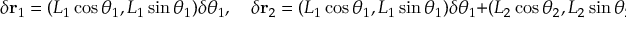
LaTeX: \delta \mathbf { r } _ { 1 } = ( L _ { 1 } \cos \theta _ { 1 } , L _ { 1 } \sin \theta _ { 1 } ) \delta \theta _ { 1 } , \quad \delta \mathbf { r } _ { 2 } = ( L _ { 1 } \cos \theta _ { 1 } , L _ { 1 } \sin \theta _ { 1 } ) \delta \theta _ { 1 } + ( L _ { 2 } \cos \theta _ { 2 } , L _ { 2 } \sin \theta _ { 2 } ) \delta \theta _ { 2 }